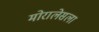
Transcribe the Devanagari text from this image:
मोरालेसला